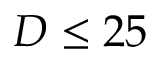
D \leq 2 5